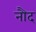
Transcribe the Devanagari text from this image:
नौद